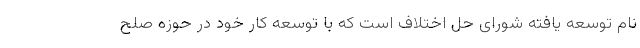
نام توسعه یافته شورای حل اختلاف است که با توسعه کار خود در حوزه صلح